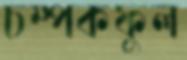
চম্পকফুল